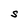
Character: S